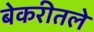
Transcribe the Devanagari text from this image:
बेकरीतले